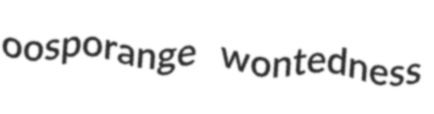
oosporange wontedness